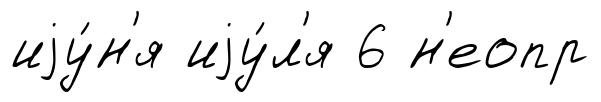
иjу́н'я иjу́л'я 6 н'еопр